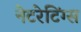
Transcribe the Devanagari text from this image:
नेटरेटिंग्स